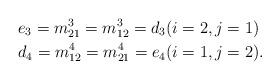
LaTeX: \begin{align*}& e_3 = m_{21}^3 = m_{12}^3 = d_3 (i=2, j=1) \\& d_4 = m_{12}^4 = m_{21}^4 = e_4 (i=1, j=2).\end{align*}